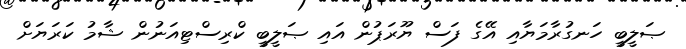
ޞަލީބީ ހަނގުރާމަޔާއި އޭގެ ފަސް ޔޫރަޕުން އައި ޞަލީބީ ކްރިސްޓިއަނުން ޝާމު ކަރަޔަށް